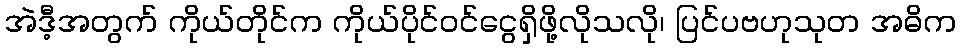
အဲဒီ့အတွက် ကိုယ်တိုင်က ကိုယ်ပိုင်ဝင်ငွေရှိဖို့လိုသလို၊ ပြင်ပဗဟုသုတ အဓိက